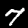
Label: 7